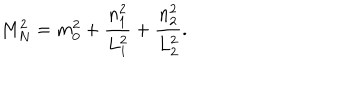
M _ { N } ^ { 2 } = m _ { 0 } ^ { 2 } + \frac { n _ { 1 } ^ { 2 } } { L _ { 1 } ^ { 2 } } + \frac { n _ { 2 } ^ { 2 } } { L _ { 2 } ^ { 2 } } .